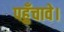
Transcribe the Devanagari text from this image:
पहुँचावे।